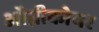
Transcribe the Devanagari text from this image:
ऑम्नीकोयर